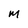
Character: M